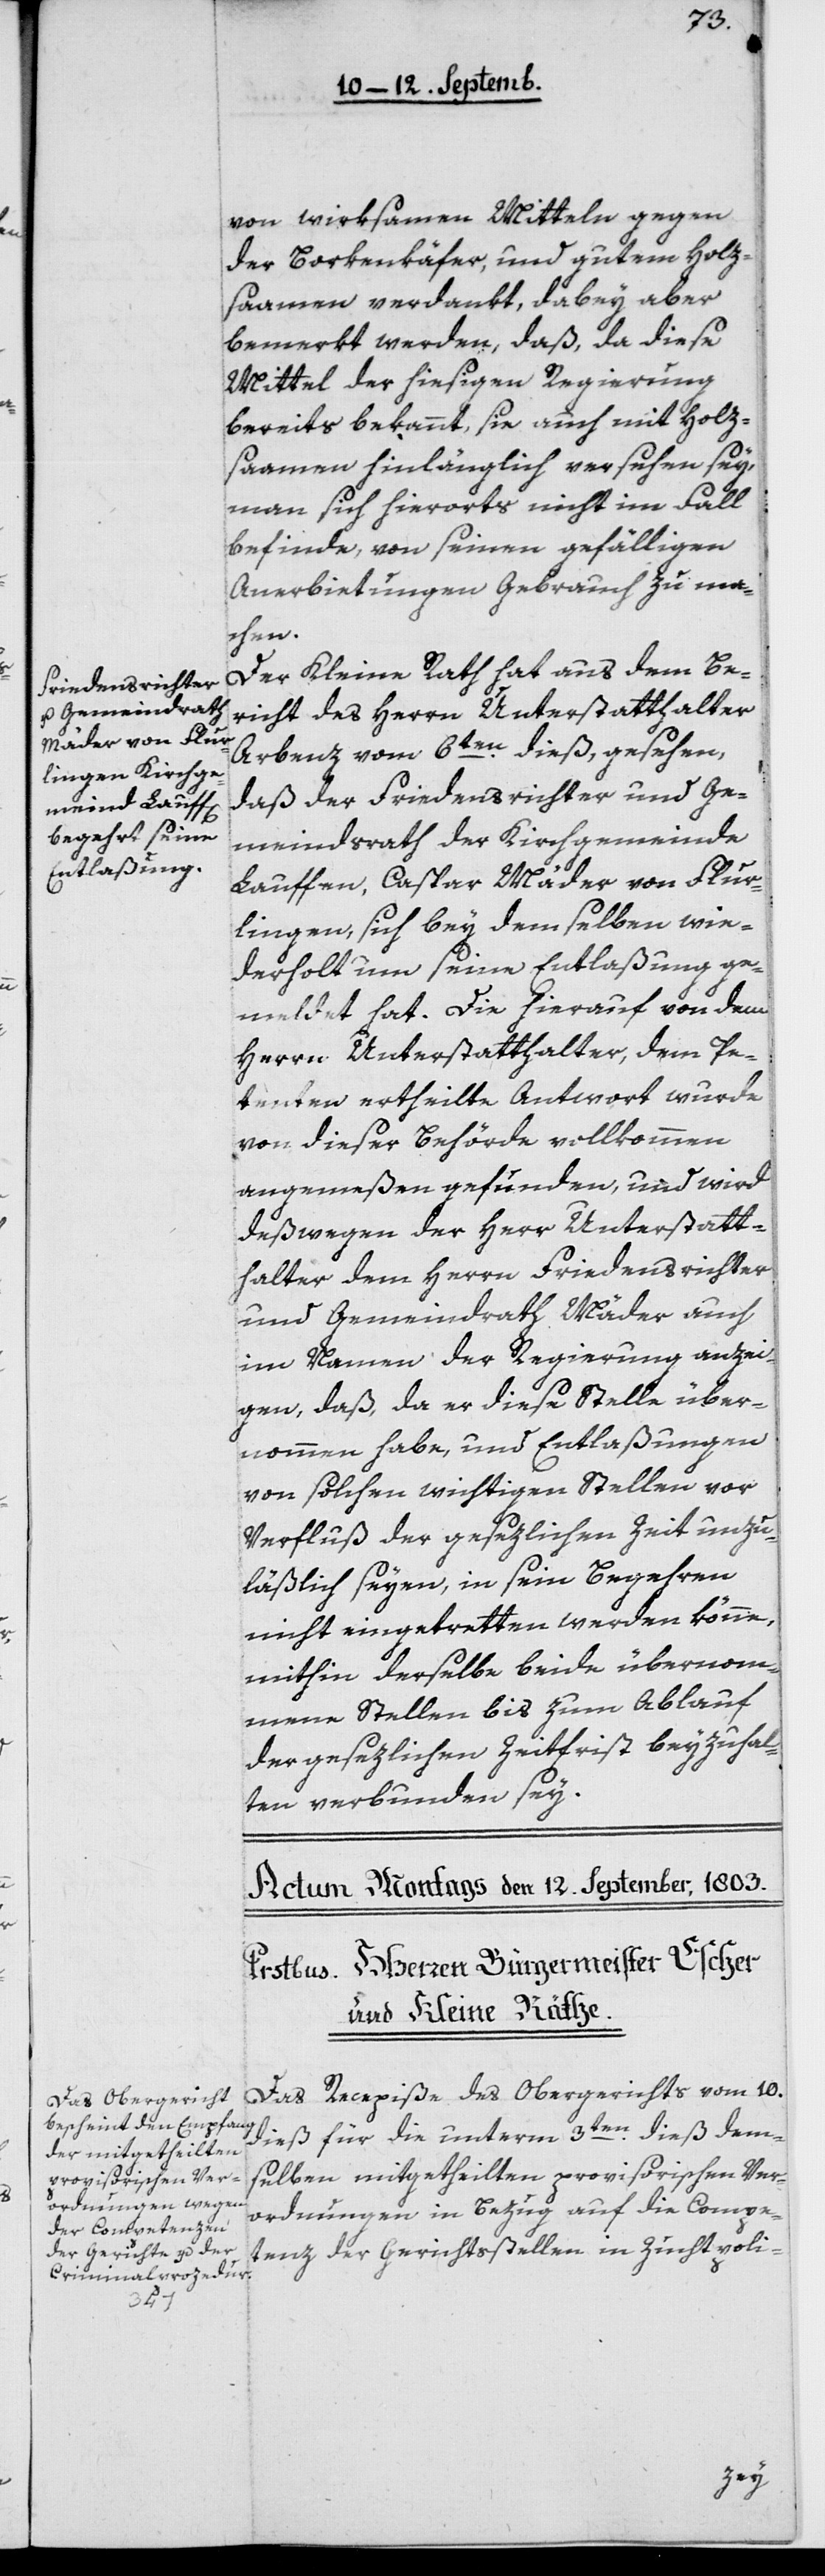
von wirksamen Mitteln gegen
der Borkenkäfer, und gutem Holz¬
saamen verdankt, dabey aber
bemerkt werden, daß, da diese
Mittel der hiesigen Regierung
bereits bekannt , sie auch mit Holz¬
saamen hinlänglich versehen sey,
man sich hierorts nicht im Fall
befinde, von seinen gefälligen
Anerbietungen Gebrauch zu ma¬
chen.
Der Kleine Rath hat aus dem Be¬
richt des Herrn Unterstatthalter
Arbenz vom 6ten dieß, gesehen,
daß der Friedensrichter und Ge¬
meindsrath der Kirchgemeinde
Lauffen, Caspar Mäder von Flur¬
lingen, sich bey demselben wie¬
derholt um seine Entlaßung ge¬
meldet hat. Die hierauf von dem
Herrn Unterstatthalter, dem Pe¬
tenten ertheilte Antwort wurde
von dieser Behörde vollkommen
angemeßen gefunden, und wird
deßwegen der Herr Unterstatt¬
halter dem Herrn Friedensrichter
und Gemeindrath Mäder auch
im Namen der Regierung anzei¬
gen, daß, da er diese Stelle über¬
nommen habe, und Entlaßungen
von solchen wichtigen Stellen vor
Verfluß der gesezlichen Zeit unzu¬
läßlich seyen, in sein Begehren
nicht eingetretten werden könne,
mithin derselbe beide übernom¬
menen Stellen bis zum Ablauf
der gesezlichen Zeitfrist beyzuhal¬
ten verbunden sey.
Recepißen des Obergerichts vom 10.
Das
dieß für die unterm 3ten dieß dem¬
selben mitgetheilten provisorischen Ver¬
ordnungen in Bezug auf die Compe¬
tenz der Gerichtsstellen in Zuchtpoli-